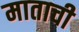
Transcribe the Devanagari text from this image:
माताची